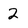
Character: 2